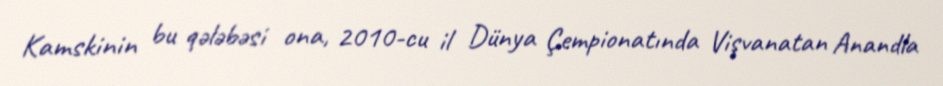
Kamskinin bu qələbəsi ona, 2010-cu il Dünya Çempionatında Vişvanatan Anandla